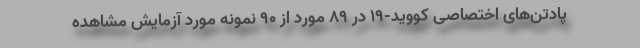
پادتن‌های اختصاصی کووید-۱۹ در ۸۹ مورد از ۹۰ نمونه مورد آزمایش مشاهده